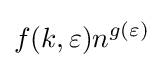
f(k,\varepsilon )n^{g(\varepsilon )}